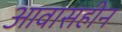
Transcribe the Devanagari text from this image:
आवासहीन